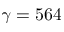
\gamma = 5 6 4